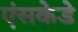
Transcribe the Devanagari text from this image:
एंसकेडे